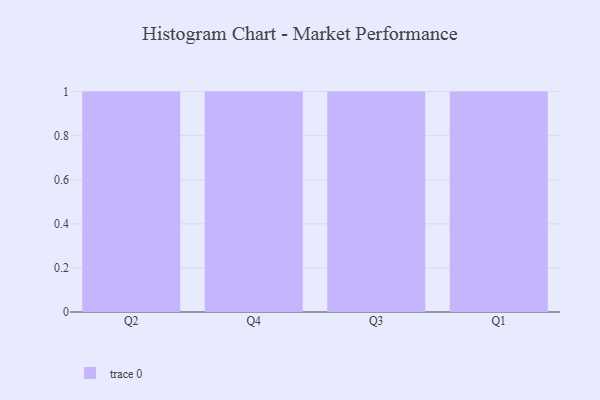
{"axis": {"x": "Quarter", "y": "Population (Million)"}, "legend": [""], "data": [{"x": "Q2", "y": 39, "type": ""}, {"x": "Q4", "y": 50, "type": ""}, {"x": "Q3", "y": 90, "type": ""}, {"x": "Q1", "y": 48, "type": ""}]}